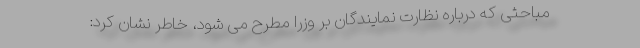
مباحثی که درباره نظارت نمایندگان بر وزرا مطرح می شود، خاطر نشان کرد: